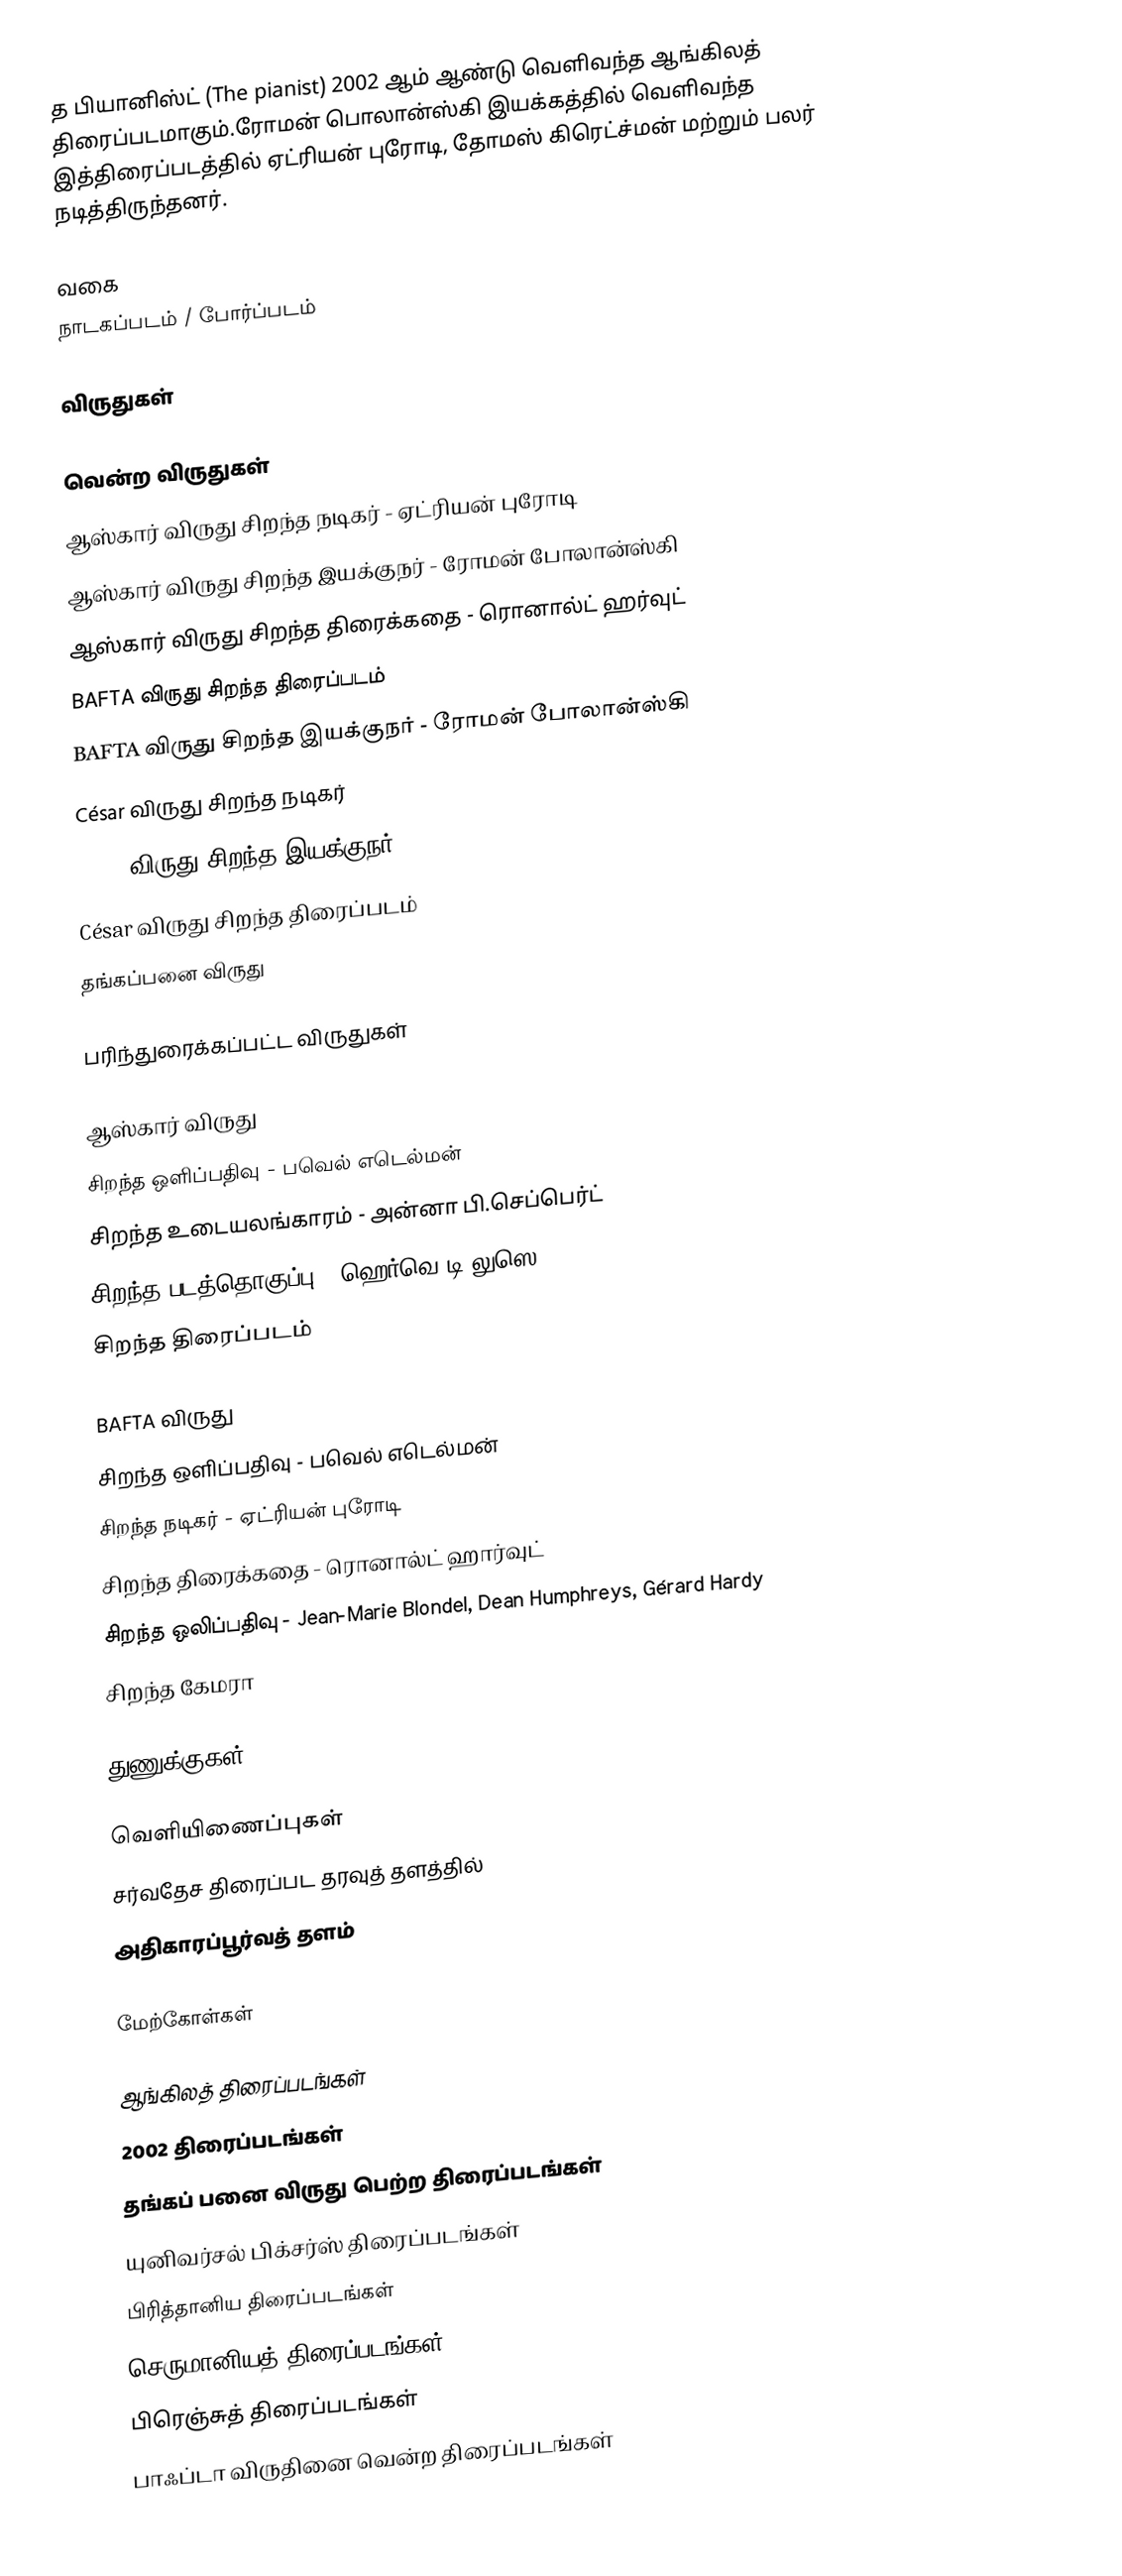
த பியானிஸ்ட் (The pianist) 2002 ஆம் ஆண்டு வெளிவந்த ஆங்கிலத் திரைப்படமாகும்.ரோமன் பொலான்ஸ்கி இயக்கத்தில் வெளிவந்த இத்திரைப்படத்தில் ஏட்ரியன் புரோடி, தோமஸ் கிரெட்ச்மன் மற்றும் பலர் நடித்திருந்தனர்.

வகை
நாடகப்படம் / போர்ப்படம்

விருதுகள்

வென்ற விருதுகள்
 ஆஸ்கார் விருது சிறந்த நடிகர் - ஏட்ரியன் புரோடி
 ஆஸ்கார் விருது சிறந்த இயக்குநர் - ரோமன் போலான்ஸ்கி
 ஆஸ்கார் விருது சிறந்த திரைக்கதை - ரொனால்ட் ஹர்வுட்
 BAFTA விருது சிறந்த திரைப்படம்
 BAFTA விருது சிறந்த இயக்குநர் - ரோமன் போலான்ஸ்கி
 César விருது சிறந்த நடிகர்
 César விருது சிறந்த இயக்குநர்
 César விருது சிறந்த திரைப்படம்
 தங்கப்பனை விருது

பரிந்துரைக்கப்பட்ட விருதுகள்

ஆஸ்கார் விருது
 சிறந்த ஒளிப்பதிவு - பவெல் எடெல்மன்
 சிறந்த உடையலங்காரம் - அன்னா பி.செப்பெர்ட்
 சிறந்த படத்தொகுப்பு - ஹெர்வெ டி லுஸெ
 சிறந்த திரைப்படம்

BAFTA விருது
 சிறந்த ஒளிப்பதிவு - பவெல் எடெல்மன்
 சிறந்த நடிகர் - ஏட்ரியன் புரோடி
 சிறந்த திரைக்கதை - ரொனால்ட் ஹார்வுட்
 சிறந்த ஒலிப்பதிவு - Jean-Marie Blondel, Dean Humphreys, Gérard Hardy
 சிறந்த கேமரா

துணுக்குகள்

வெளியிணைப்புகள்
 சர்வதேச திரைப்பட தரவுத் தளத்தில்
 அதிகாரப்பூர்வத் தளம்

மேற்கோள்கள்

ஆங்கிலத் திரைப்படங்கள்
2002 திரைப்படங்கள்
தங்கப் பனை விருது பெற்ற திரைப்படங்கள்
யுனிவர்சல் பிக்சர்ஸ் திரைப்படங்கள்
பிரித்தானிய திரைப்படங்கள்
செருமானியத் திரைப்படங்கள்
பிரெஞ்சுத் திரைப்படங்கள்
பாஃப்டா விருதினை வென்ற திரைப்படங்கள்